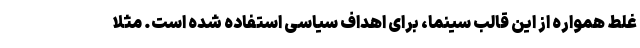
غلط همواره از این قالب سینما، برای اهداف سیاسی استفاده شده است. مثلا